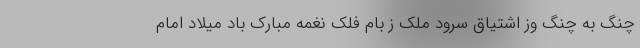
چنگ به چنگ وز اشتیاق سرود مَلَک ز بام فلک نغمه مبارک باد میلاد امام